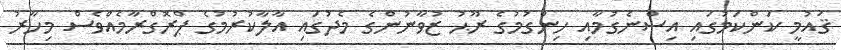
ޤައުމީ ކަންކަމުގައި އިސްނެގުމާއި ހިންގުމުގެ ރޫޙު ޒުވާނުންގެ މެދުގައި އާލާކުރުމުގެ ޕްރޮގްރާމެއްވެސް މިހާރު